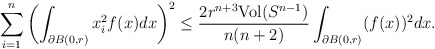
\begin{align*}\sum_{i=1}^{n}\left(\int_{\partial B(0,r)}x_{i}^{2}f(x)dx\right)^{2}\leq \frac{2r^{n+3}\mathrm{Vol}(S^{n-1})}{n(n+2)}\int_{\partial B(0,r)}(f(x))^{2}dx.\end{align*}